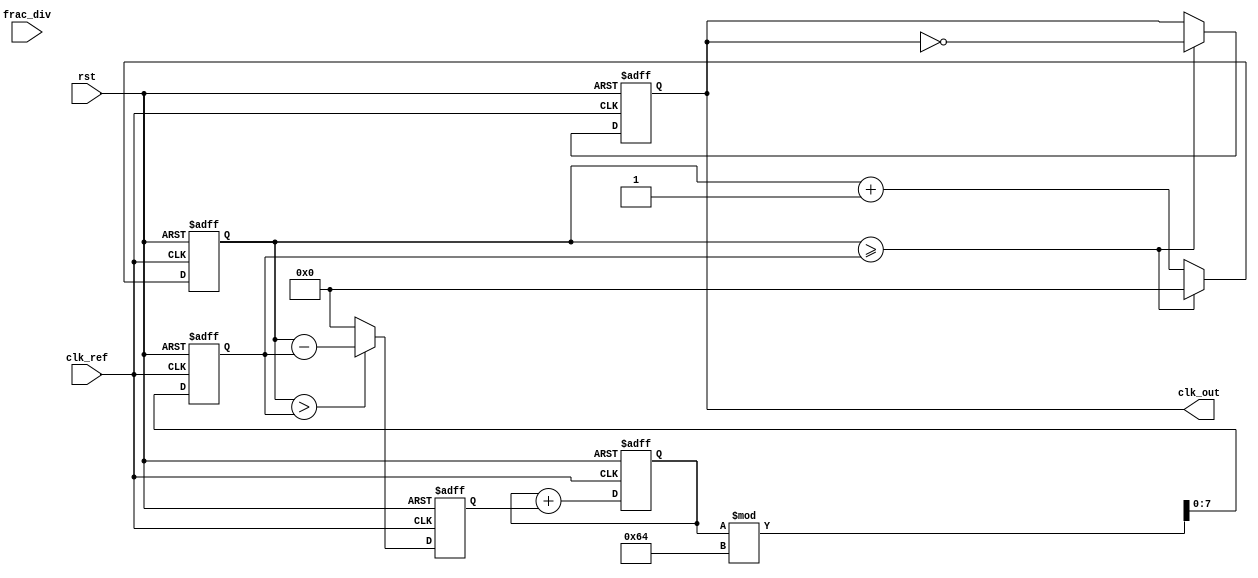
module frac_n_pll (
    input wire clk_ref,          // Reference clock input
    input wire rst,              // Reset signal
    input wire [N-1:0] frac_div, // Fractional division ratio
    output reg clk_out           // Output clock
);
    parameter N = 8;             // Width of fractional divider
    parameter VCO_MAX_FREQ = 100; // Maximum VCO frequency (arbitrary units)
    
    reg [N-1:0] counter;         // Counter for VCO frequency
    reg [N-1:0] vco_freq;        // VCO frequency
    reg [N-1:0] phase_error;     // Phase error signal
    reg [N-1:0] loop_filter_out; // Output of loop filter
    reg vco_enable;              // VCO enable signal

    // Phase Detector (PD)
    always @(posedge clk_ref or posedge rst) begin
        if (rst) begin
            phase_error <= 0;
        end else begin
            // Simple phase comparison logic
            // This is a placeholder for actual phase detection logic
            phase_error <= (counter > vco_freq) ? (counter - vco_freq) : 0;
        end
    end

    // Loop Filter (LF)
    always @(posedge clk_ref or posedge rst) begin
        if (rst) begin
            loop_filter_out <= 0;
        end else begin
            // Simple first-order loop filter
            loop_filter_out <= loop_filter_out + phase_error; // Integrate phase error
        end
    end

    // Voltage-Controlled Oscillator (VCO)
    always @(posedge clk_ref or posedge rst) begin
        if (rst) begin
            vco_freq <= 0;
            counter <= 0;
            clk_out <= 0;
        end else begin
            // Adjust VCO frequency based on loop filter output
            vco_freq <= loop_filter_out % VCO_MAX_FREQ; // Limit VCO frequency
            counter <= counter + 1;

            // Generate output clock based on VCO frequency
            if (counter >= vco_freq) begin
                clk_out <= ~clk_out; // Toggle output clock
                counter <= 0; // Reset counter
            end
        end
    end

    // Fractional Divider
    always @(posedge clk_out or posedge rst) begin
        if (rst) begin
            // Reset logic for fractional divider
        end else begin
            // Implement fractional division logic
            // This is a placeholder for actual fractional division logic
            // The division ratio can be adjusted based on frac_div input
        end
    end

endmodule